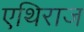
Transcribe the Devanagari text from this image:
एथिराज